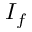
I _ { f }